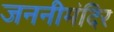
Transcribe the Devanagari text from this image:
जननीमंदिर